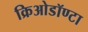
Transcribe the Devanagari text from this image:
क्रिओडॉण्टा